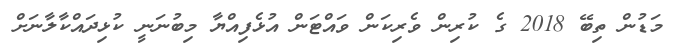
މަޑުން ތިބޭ 2018 ގެ ކުރިން ވެރިކަން ވައްޓަން އުޅެފިއްޔާ މިބުނަނީ ކުޅިދައްކާލާނަށް